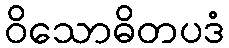
ဝိသောဓိတပဒံ